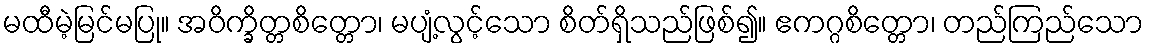
မထီမဲ့မြင်မပြု။ အဝိက္ခိတ္တစိတ္တော၊ မပျံ့လွင့်သော စိတ်ရှိသည်ဖြစ်၍။ ဧကဂ္ဂစိတ္တော၊ တည်ကြည်သော